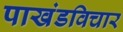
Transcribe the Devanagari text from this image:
पाखंडविचार